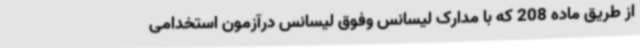
از طریق ماده 208 که با مدارک لیسانس وفوق لیسانس درآزمون استخدامی